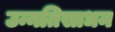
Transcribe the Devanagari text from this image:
उन्नतिसाधन